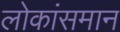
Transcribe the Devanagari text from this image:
लोकांसमान